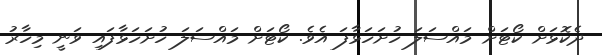
ދެކޮޅަށް ކޯޓަށް މައްސަލަ ހުށަހަޅާފަ އެވެ. ކޯޓަށް މައްސަލަ ހުށަހަޅާފައި ވަނީ މިހާރު